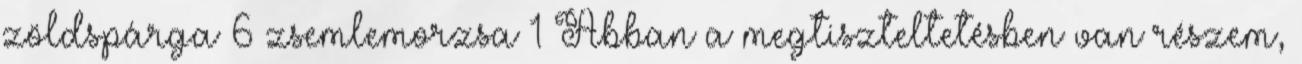
zöldspárga 6 zsemlemorzsa 1 Abban a megtiszteltetésben van részem,